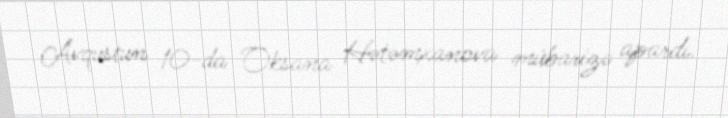
Avqustun 10-da Oksana Hətəmxanova mübarizə apardı.